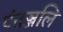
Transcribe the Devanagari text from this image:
पंतञ्जलि